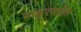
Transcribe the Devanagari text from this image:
साकूरमधील